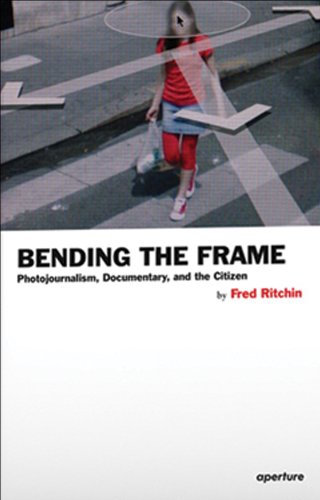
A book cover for Bending the Frame: Photojournalism, Documentary, and the Citizen; Arts & Photography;